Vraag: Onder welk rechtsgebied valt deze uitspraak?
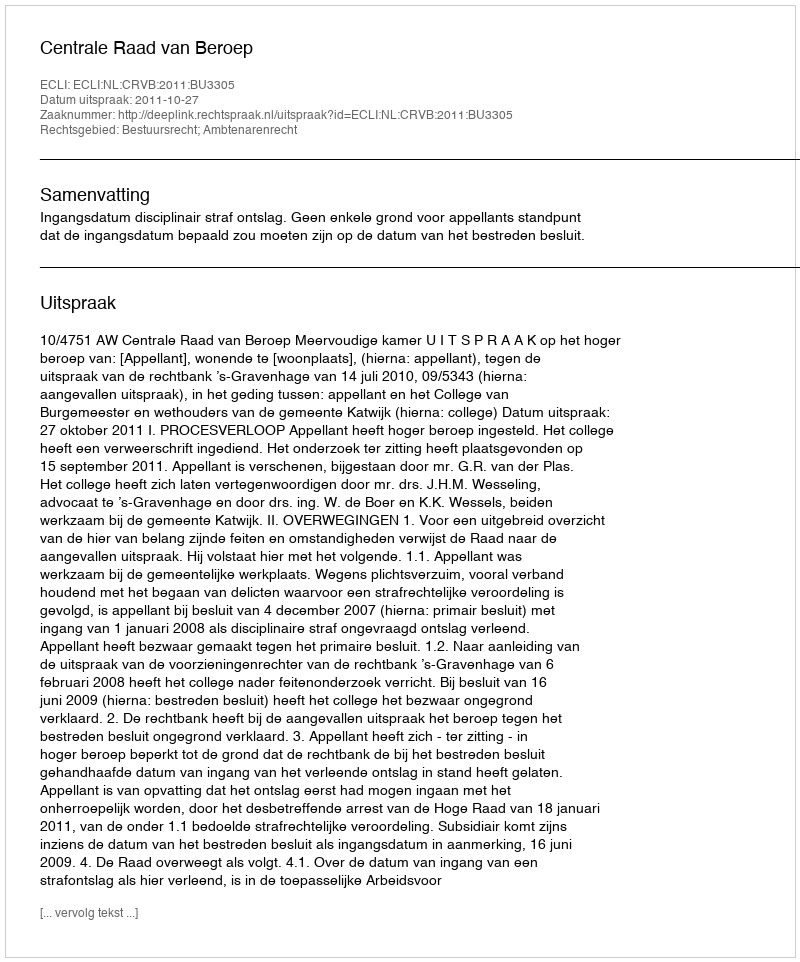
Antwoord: Bestuursrecht; Ambtenarenrecht